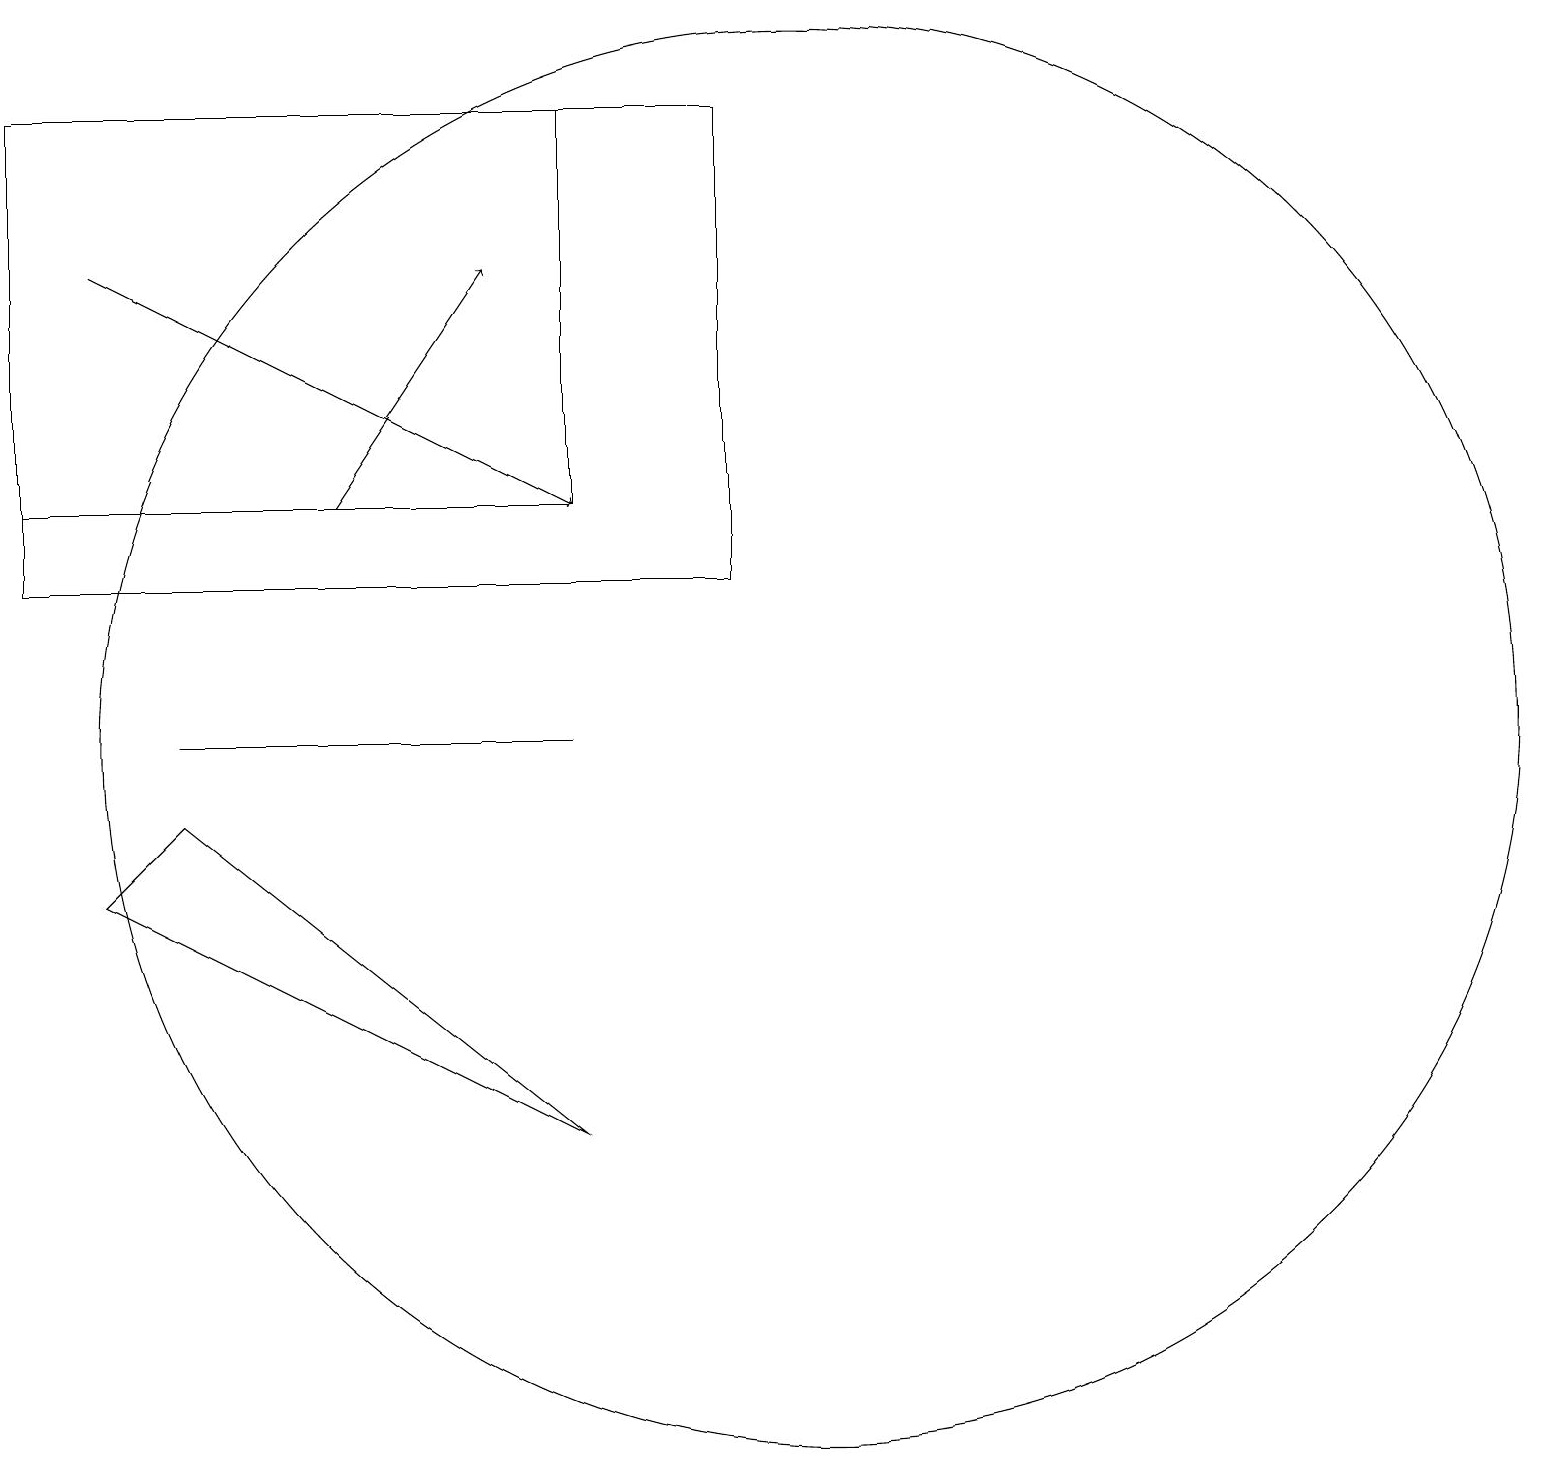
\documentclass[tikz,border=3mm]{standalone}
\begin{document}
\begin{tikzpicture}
\draw (9,18) rectangle (0,12);
\draw (1,8) -- (2,9) -- (7,5) -- cycle;
\draw (7,10) rectangle (2,10);
\draw[->] (1,16) -- (7,13);
\draw[->] (4,13) -- (6,16);
\draw (10,10) circle (9);
\draw (0,18) rectangle (7,13);
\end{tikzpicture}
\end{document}